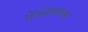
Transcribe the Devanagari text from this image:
प्रेमासारख्या